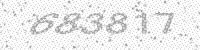
Solution: 683817